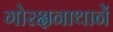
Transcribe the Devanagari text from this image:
गोरक्षनाथानें